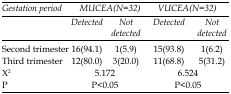
<table><thead><tr><td><b>Gestation period</b></td><td colspan="2"><b>MUCEA(N=32)</b></td><td colspan="2"><b>VUCEA(N=32)</b></td></tr><tr><td></td><td><b>Detected</b></td><td><b>Not detected</b></td><td><b>Detected</b></td><td><b>Not detected</b></td></tr></thead><tbody><tr><td>Second trimester</td><td>16(94.1)</td><td>1(5.9)</td><td>15(93.8)</td><td>1(6.2)</td></tr><tr><td>Third trimester</td><td>12(80.0)</td><td>3(20.0)</td><td>11(68.8)</td><td>5(31.2)</td></tr><tr><td>X<sup>2</sup></td><td colspan="2">5.172</td><td colspan="2">6.524</td></tr><tr><td>P</td><td colspan="2">P&lt;0.05</td><td colspan="2">P&lt;0.05</td></tr></tbody></table>